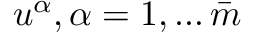
u ^ { \alpha } , \alpha = 1 , \ldots \bar { m }